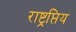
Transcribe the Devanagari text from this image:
राष्ट्रप्तिय